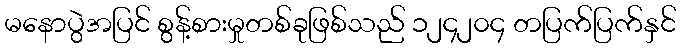
မနောပွဲအပြင် စွန့်စားမှုတစ်ခုဖြစ်သည် ၁၂၄၂၀၄ တပြက်ပြက်နှင်